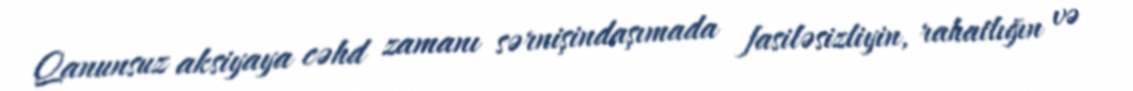
Qanunsuz aksiyaya cəhd zamanı sərnişindaşımada fasiləsizliyin, rahatlığın və